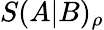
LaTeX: S(A|B)_{\rho}